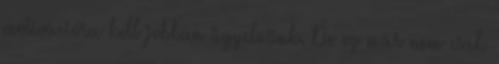
motivációra kell jobban ügyelnünk. De ez már nem csak